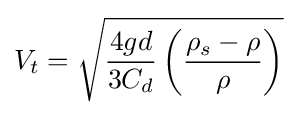
V_{t}={\sqrt {{\frac {4gd}{3C_{d}}}\left({\frac {\rho _{s}-\rho }{\rho }}\right)}}